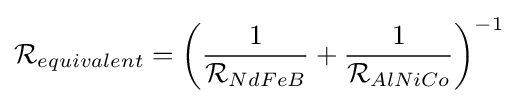
{\mathcal {R}}_{equivalent}=\left({\frac {1}{{\mathcal {R}}_{NdFeB}}}+{\frac {1}{{\mathcal {R}}_{AlNiCo}}}\right)^{-1}